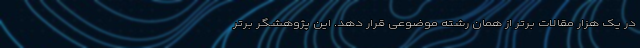
در یک هزار مقالات برتر از همان رشته موضوعی قرار دهد. این پژوهشگر برتر